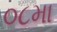
૦૮મા